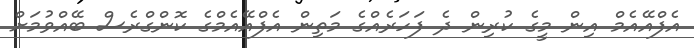
އެފްއޭއެމް އިން މީގެ ކުރިން ދެ ފަހަރެއްގެ މަތިން އެފްއޭއެމްގެ ކޮންގްރެސް ބޭއްވުމަށް